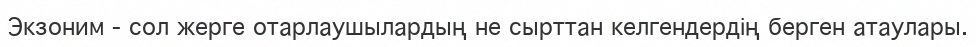
Экзоним - сол жерге отарлаушылардың не сырттан келгендердің берген атаулары.